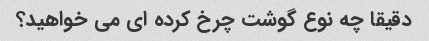
دقیقا چه نوع گوشت چرخ کرده ای می خواهید؟